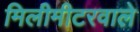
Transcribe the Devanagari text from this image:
मिलीमीटरवाले